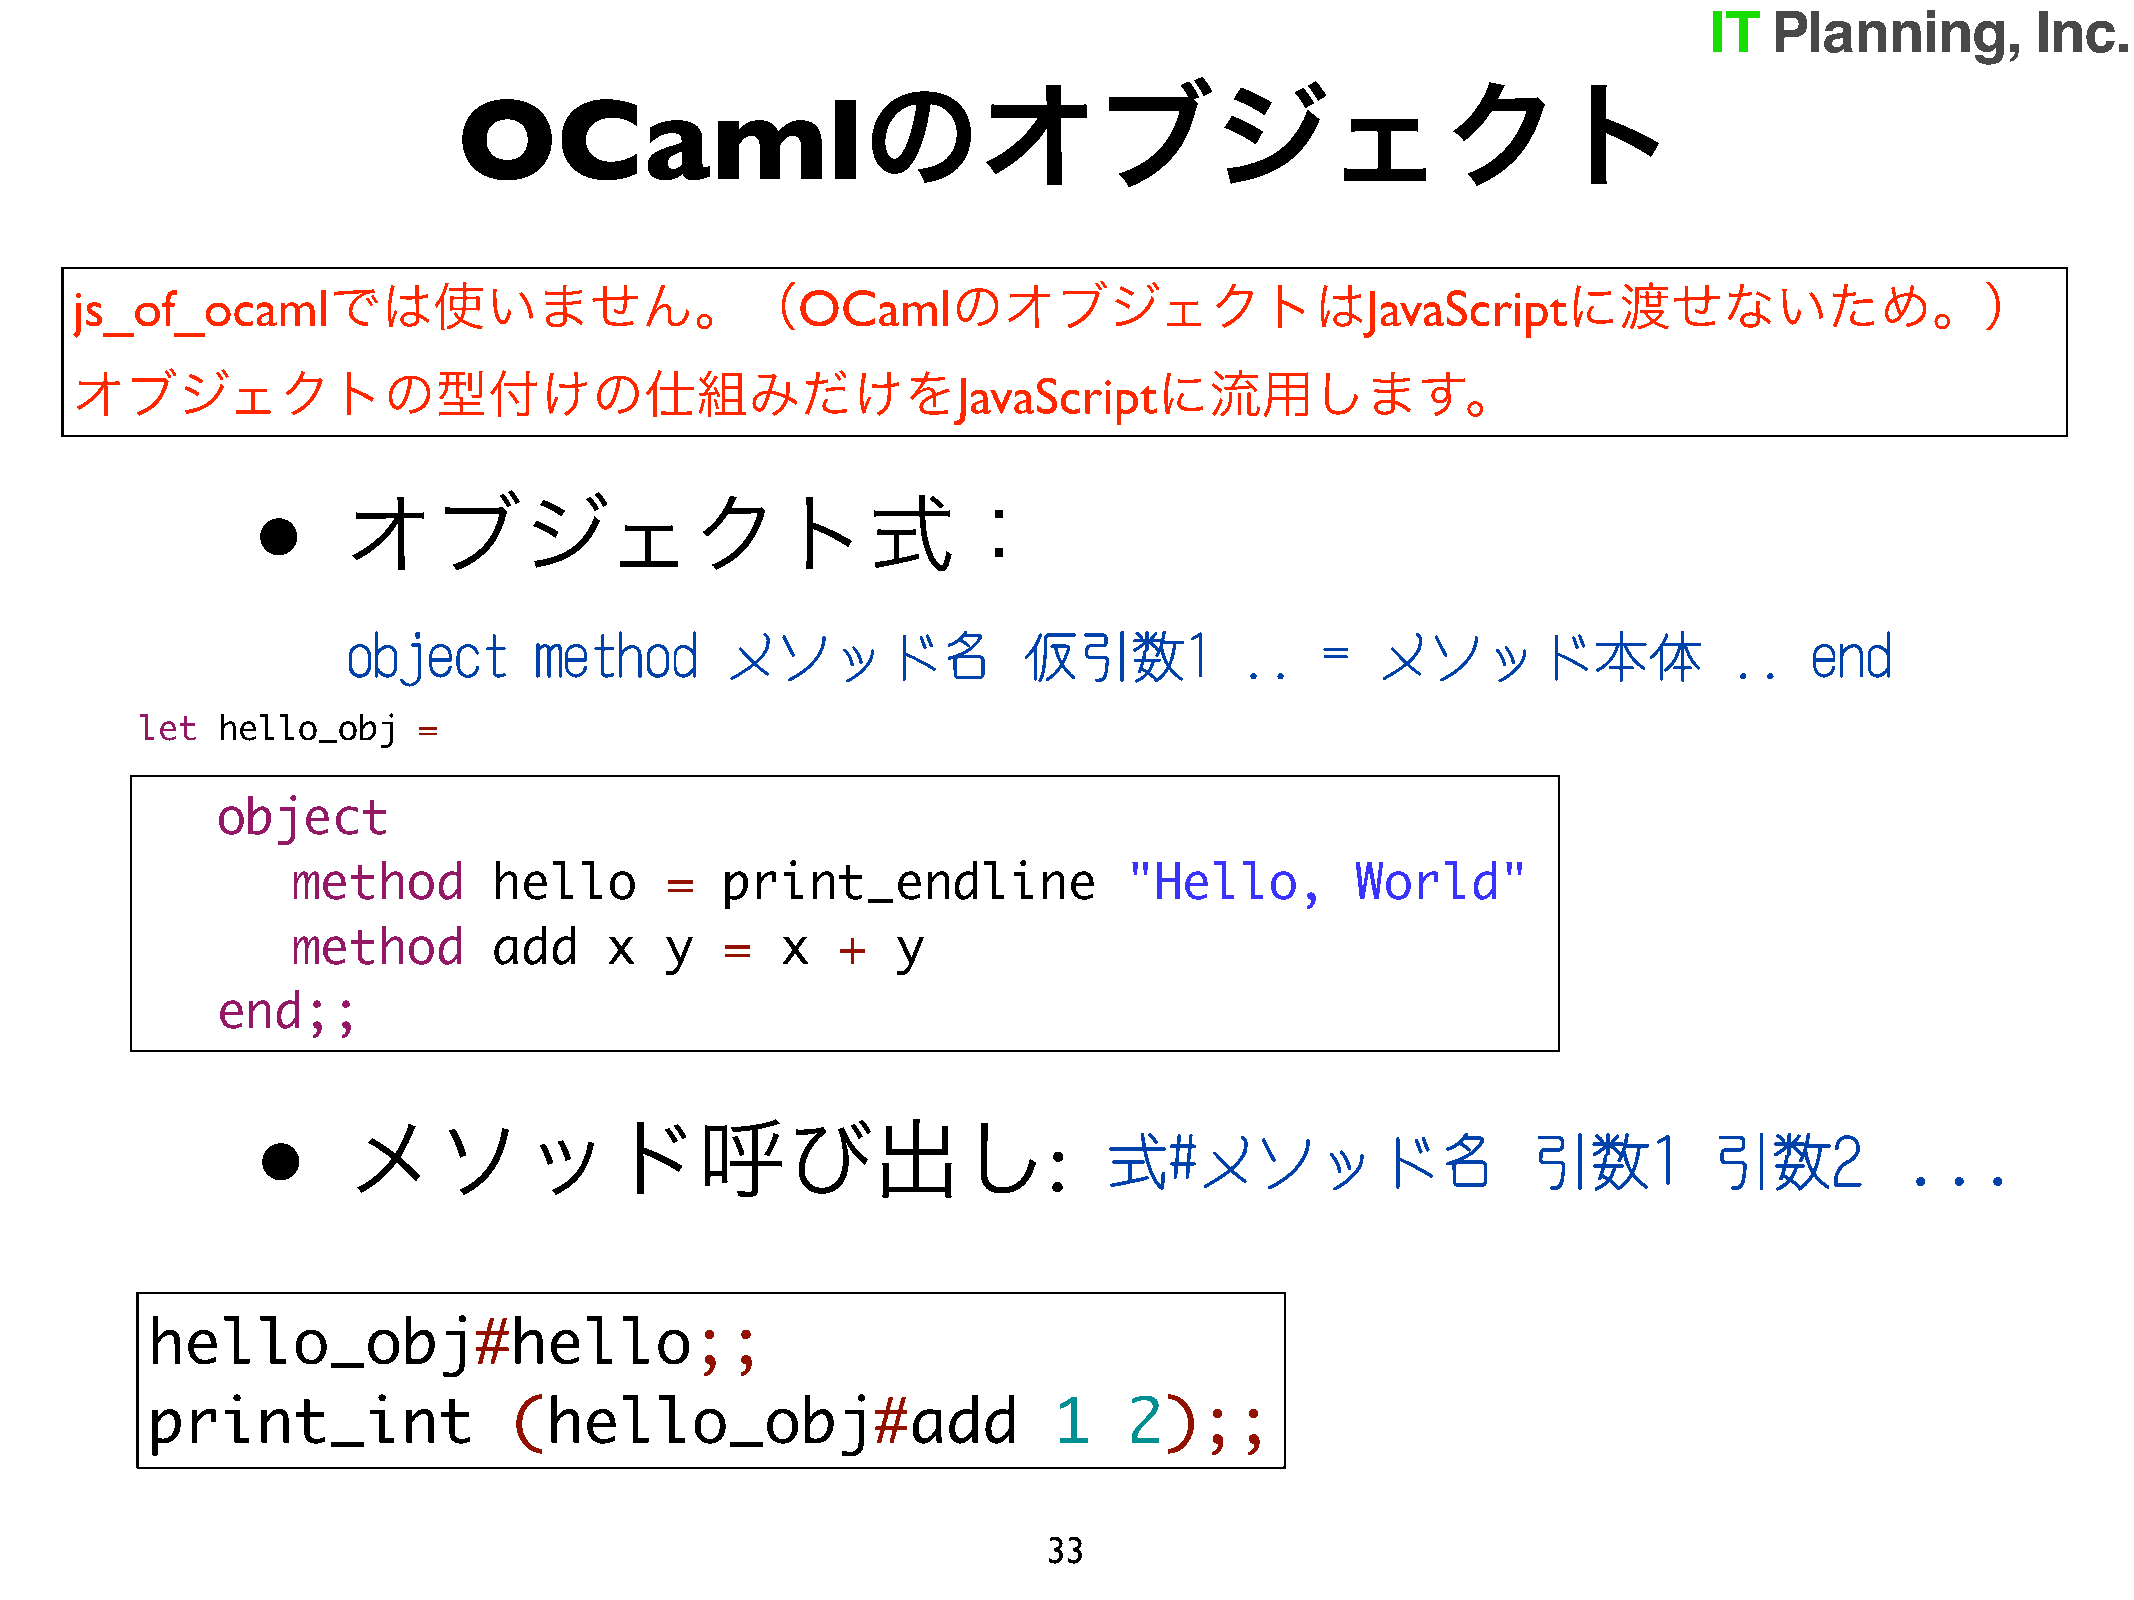
のオブジェクト
 OCaml
 js_of_ocamlでは使いません。（OCamlのオブジェクトはJavaScriptに渡せないため。）
 オブジェクトの型付けの仕組みだけをJavaScriptに流用します。
 •
 オブジェクト式：
 object      method       メソッド名               仮引数1          ..   =   メソッド本体                 ..    end
 let  hello_obj     =
 object
 method        hello      =   print_endline              "Hello,        World"
 method        add    x   y   =   x  +   y
 end;;
 •
 メソッド呼び出し                                      :                                                        ...
 式#メソッド名                     引数1         引数2
 hello_obj#hello;;
 print_int               (hello_obj#add                      1    2);;
 33